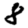
Digit: 8